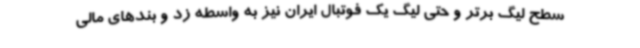
سطح لیگ برتر و حتی لیگ یک فوتبال ایران نیز به واسطه زد و بندهای مالی